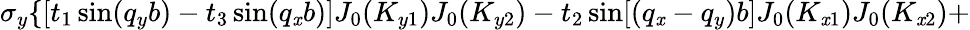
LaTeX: \sigma_{y}\{ [t_{1}\sin(q_{y}b)-t_{3}\sin(q_{\mathit{x}}b)]J_{0}(K_{y1})J_{0}(K_{y2})-t_{2}\sin[(q_{\mathit{x}}-q_{y})b]J_{0}(K_{\mathit{x}1})J_{0}(K_{\mathit{x}2})+